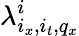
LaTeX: \lambda_{i_{x},i_{t},q_{x}}^{i}